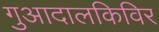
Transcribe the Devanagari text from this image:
गुआदालकिविर